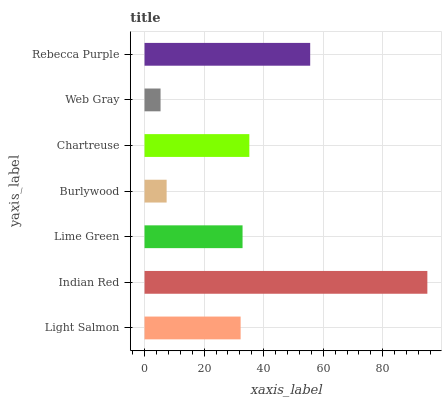
| yaxis_label | bars |
 | --- | --- |
 | Light Salmon | 32.3 |
 | Indian Red | 95 |
 | Lime Green | 32.9 |
 | Burlywood | 7.42 |
 | Chartreuse | 35.2 |
 | Web Gray | 5.38 |
 | Rebecca Purple | 55.6 |